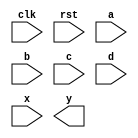
`timescale 1ns / 1ps

module IIR_fold(
clk,
rst,
a,b,c,d,
x,
y
);

input clk,rst;
input[7:0] a,b,c,d;
input[7:0] x;
output[7:0] y;

/*************** Your code here ***************/



/********************* Done *********************/

endmodule